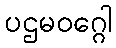
ပဌမဝဂ္ဂေါ